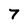
Character: 7